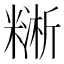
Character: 𥼔